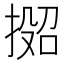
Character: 𫽟